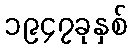
၁၉၄၇ခုနှစ်